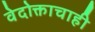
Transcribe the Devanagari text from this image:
वेदोक्ताचाही